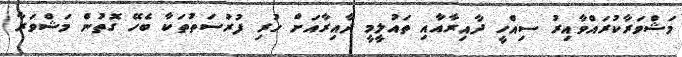
މަޝްވަރާކުރައްވާއިރު ސިއްހީ ދާއިރާއާއި ތައުލީމީ ދާއިރާއަށް ހުރި ފުރުސަތުތަކާ ބެހޭ ގޮތުން މަޝްވަރާ